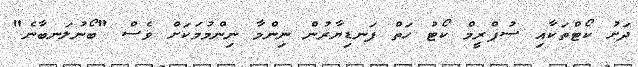
ދަށު ކޯޓްތަކާއި ސުޕްރީމް ކޯޓު ހަތް ފަނޑިޔާރުން ނިންމާ ނިންމުމަކަށް ވެސް "ބޯނުލަނބާނެ"